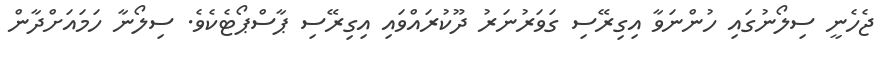
ޖެހެނީ ސިލޯނުގައި ހުންނަވާ އިގިރޭސި ގަވަރުނަރު ދޫކުރައްވައި އިގިރޭސި ޕާސްޕޯޓެކެވެ. ސިލޯނާ ހަމައަށްދާން